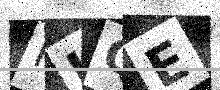
Text: FJQE